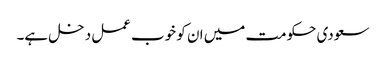
سعودی حکومت میں ان کو خوب عمل دخل ہے۔